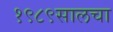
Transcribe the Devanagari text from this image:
१९८९सालचा